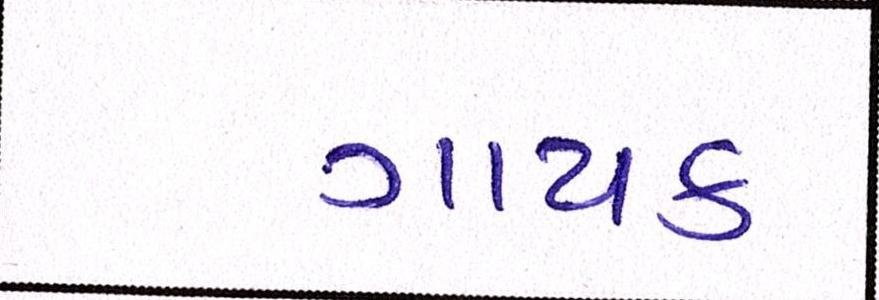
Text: ગાયક